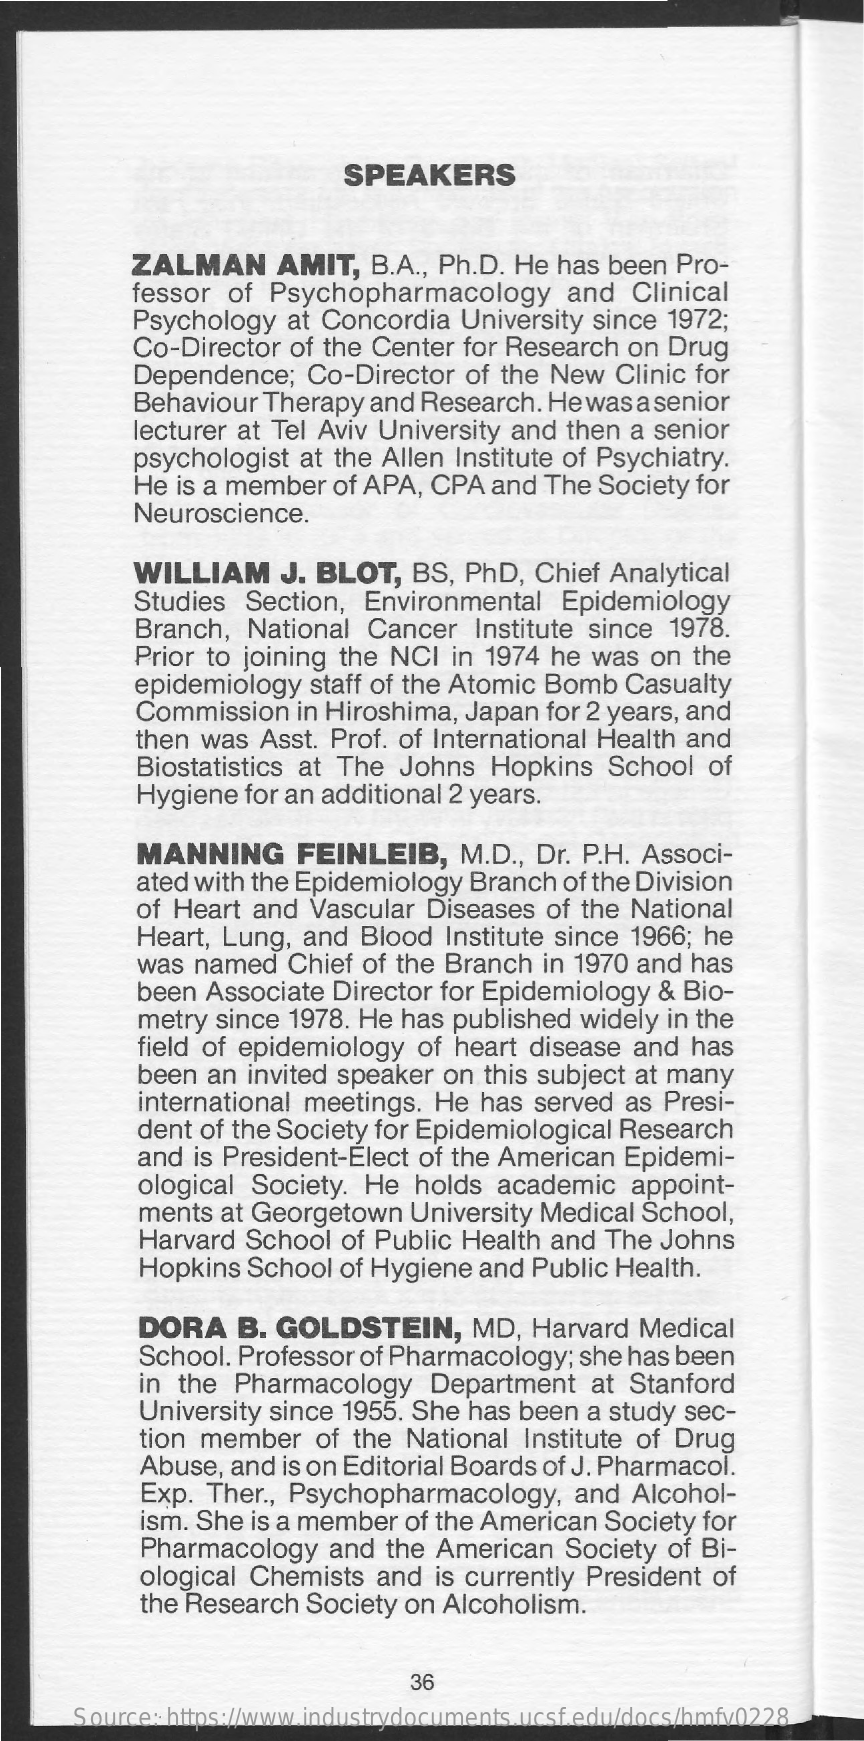
SPEAKERS
     ZALMAN    AMIT,  B.A ., Ph.D. He has been  Pro-
     fessor  of Psychopharmacology    and  Clinical
     Psychology   at Concordia  University since 1972;
     Co-Director  of the Center for Research  on Drug
     Dependence;   Co-Director  of the New   Clinic for
     Behaviour  Therapy  and Research. He was  a senior
     lecturer at Tel Aviv University and then a senior
     psychologist  at the Allen Institute of Psychiatry.
     He  is a member of APA,  CPA  and The Society for
     Neuroscience.
     WILLIAM    J. BLOT,   BS, PhD,  Chief Analytical
     Studies  Section,  Environmental   Epidemiology
     Branch,  National  Cancer   Institute since 1978.
     Prior to joining the NCI  in 1974 he  was  on the
     epidemiology   staff of the Atomic Bomb Casualty
     Commission  in Hiroshima, Japan  for 2 years, and
     then was Asst. Prof. of International Health and
     Biostatistics at The  Johns  Hopkins   School  of
     Hygiene for an additional 2 years.
     MANNING    FEINLEIB,    M.D ., Dr. P.H. Associ-
     ated with the Epidemiology Branch  of the Division
     of Heart  and  Vascular Diseases  of the National
     Heart, Lung, and  Blood Institute since 1966; he
     was named   Chief of the Branch  in 1970 and has
     been Associate Director for Epidemiology  & Bio-
     metry since 1978. He has published  widely in the
     field of epidemiology of  heart disease and  has
     been an invited speaker on  this subject at many
     international meetings. He  has served  as Presi-
     dent of the Society for Epidemiological Research
     and is President-Elect of the American Epidemi-
     ological Society. He  holds  academic   appoint-
     ments at Georgetown   University Medical School,
     Harvard School  of Public Health  and The Johns
     Hopkins  School of Hygiene  and Public Health.
     DORA   B.  GOLDSTEIN,    MD,  Harvard  Medical
     School. Professor of Pharmacology;  she has been
     in the Pharmacology    Department   at Stanford
     University since 1955. She has been a study sec-
     tion member   of the National  Institute of Drug
     Abuse, and is on Editorial Boards of J. Pharmacol.
     Exp. Ther ., Psychopharmacology,   and  Alcohol-
     ism. She is a member of the American  Society for
     Pharmacology   and  the American   Society of Bi-
     ological Chemists  and  is currently President of
     the Research Society on  Alcoholism.
     36
     Source: https://www.industrydocuments.ucsf.edu/docs/hmfv0228